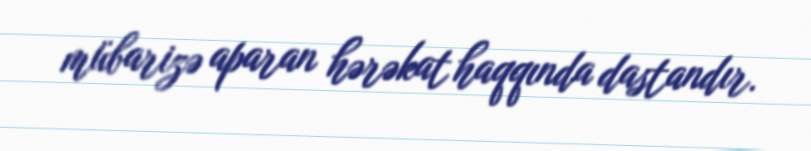
mübarizə aparan hərəkat haqqında dastandır.